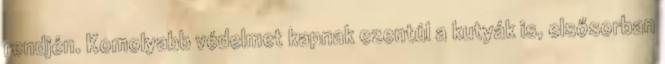
rendjén. Komolyabb védelmet kapnak ezentúl a kutyák is, elsősorban